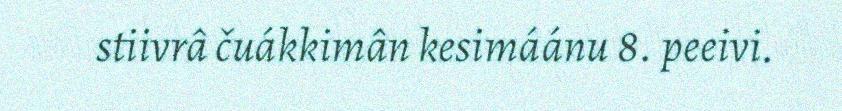
stiivrâ čuákkimân kesimáánu 8. peeivi.